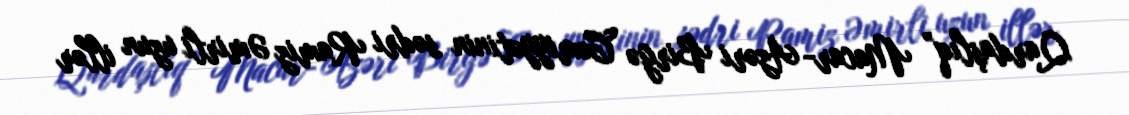
Qardaşlıq” Macar- Azəri Birgə Cəmiyyətinin sədri Ramiz Əmirli uzun illər